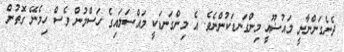
ދެނެގަންނާނީ މައުޟޫއީ މިންގަނޑަކުންނެވެ. އެ މިންގަނޑަކީ މައްސަލައިގެ ހަސްމުން ވެސް ހިމެނޭ ގޮތުން